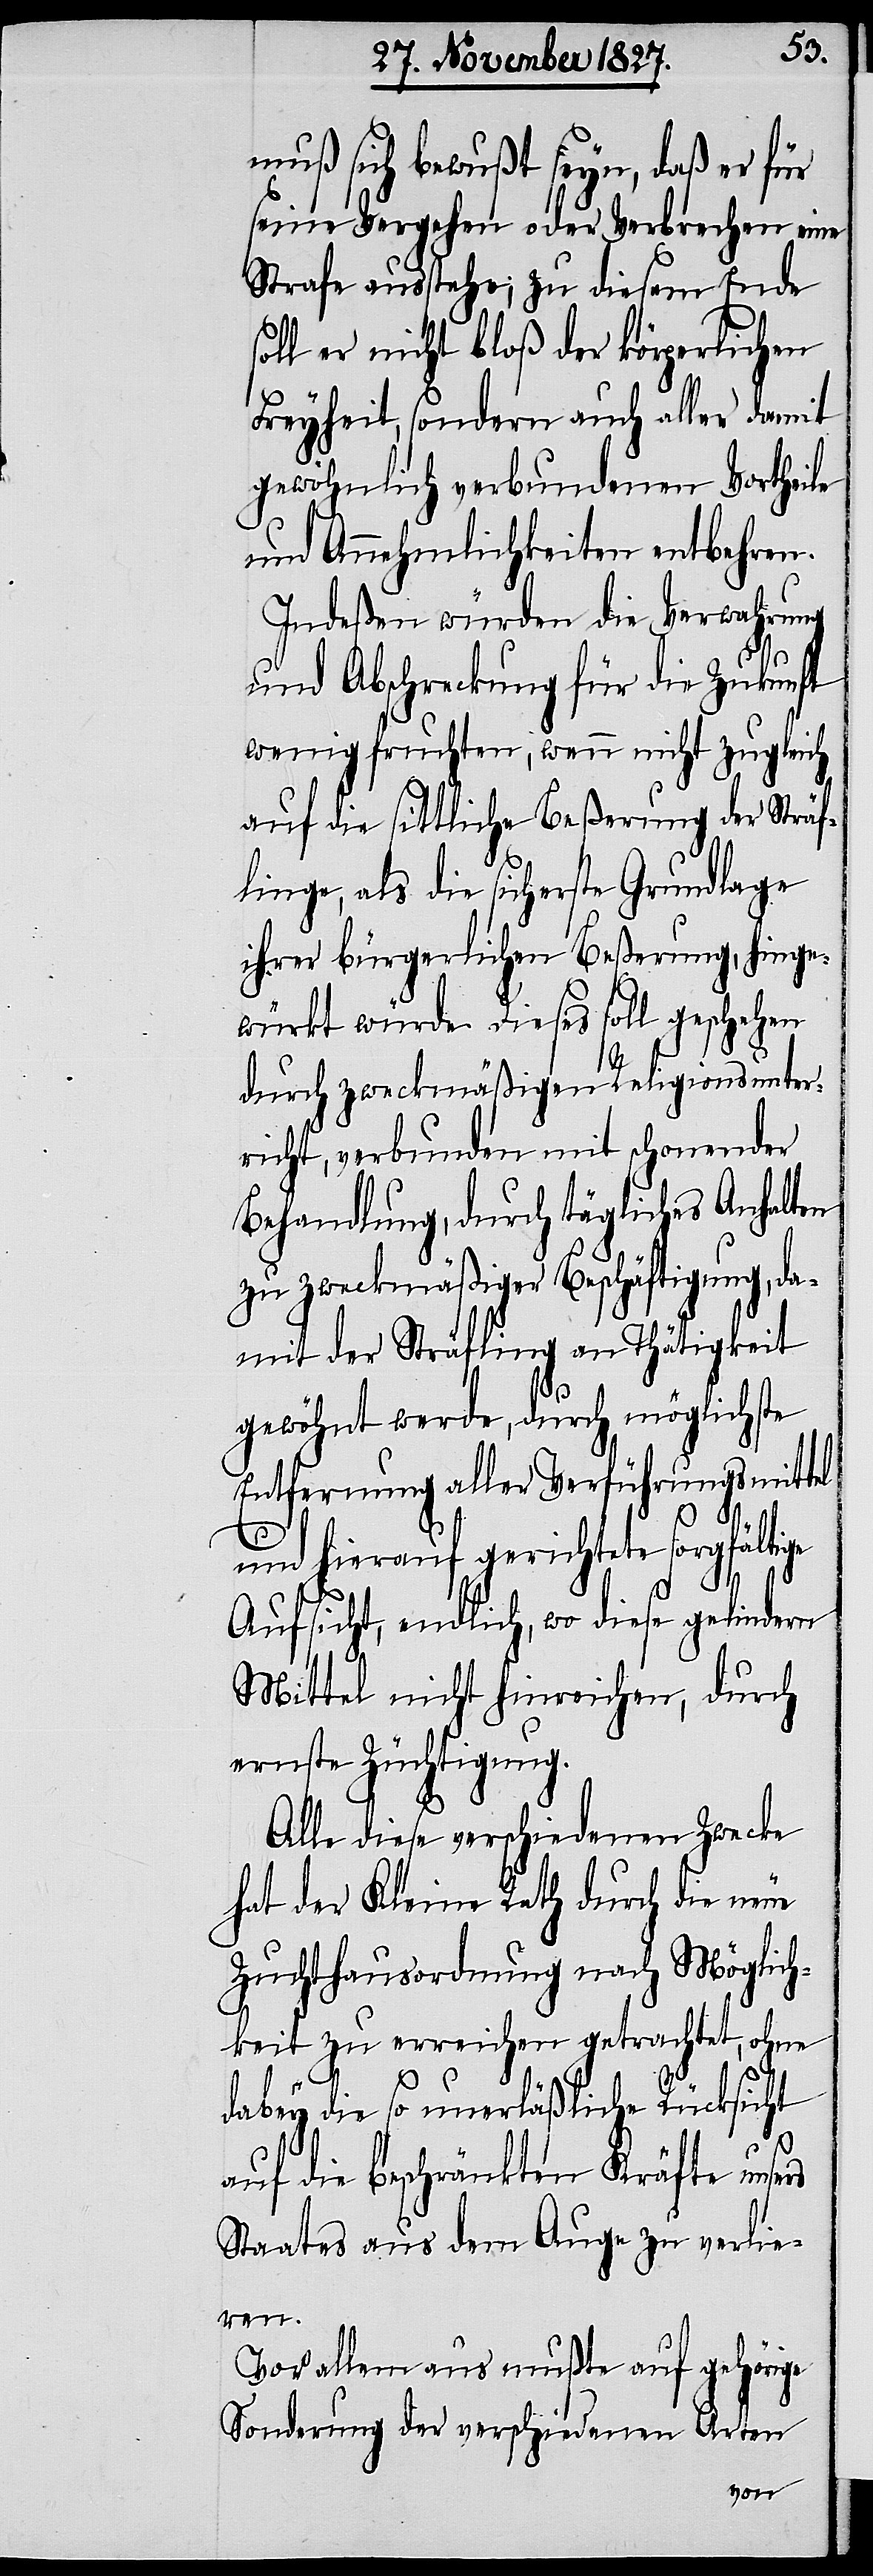
muß sich bewußt seyn, daß er für
seine Vergehen oder Verbrechen eine
Strafe ausstehe; zu diesem Ende
soll er nicht bloß der körperlichen
Freyheit, sondern auch aller damit
gewöhnlich verbundenen Vortheile
und Annehmlichkeiten entbehren.
Indeßen würden die Verwahrung
und Abschreckung für die Zukunft
wenig fruchten, wenn nicht zugleich
auf die sittliche Beßerung der Sträf¬
linge, als die sicherste Grundlage
ihrer bürgerlichen Beßerung, hinge¬
würkt würde. Dieses soll geschehen
durch zweckmäßigen Religionsunter¬
richt, verbunden mit schonender
Behandlung, durch tägliches Anhalten
zu zweckmäßiger Beschäftigung, da¬
mit der Sträfling an Thätigkeit
gewöhnt werde, durch möglichste
Entfernung aller Verfügungsmittel
und hierauf gerichtete sorgfältige
Aufsicht, endlich, wo diese gelindern
Mittel nicht hinreichen, durch
ernste Züchtigung.
Alle diese verschiedenen Zwecke
hat der Kleine Rath durch die neue
Zuchthausordnung nach Möglich¬
keit zu erreichen getrachtet, ohne
dabey die so unerläßlich Rücksicht
auf die beschränkten Kräfte unsers
Staates aus dem Auge zu verlie¬
ren.
Vor allem aus mußte auf gehörige
Sonderung der verschiedenen Arten